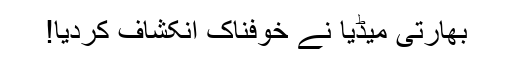
بھارتی میڈیا نے خوفناک انکشاف کردیا!